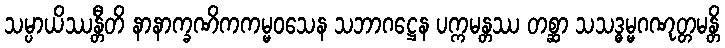
သမ္ပာယိဿန္တီတိ နာနာက္ခဏိကကမ္မဝသေန သဘာဂဋ္ဌေန ပက္ကမန္တဿ တစ္ဆာ သသဒ္ဓမ္မဂဏုတ္တမန္တိ